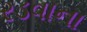
રડવાના